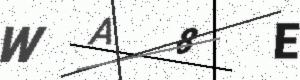
Text: WA8E